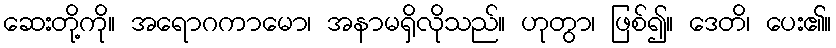
ဆေးတို့ကို။ အရောဂကာမော၊ အနာမရှိလိုသည်။ ဟုတွာ၊ ဖြစ်၍။ ဒေတိ၊ ပေး၏။